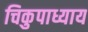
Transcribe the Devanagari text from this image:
चिकुपाध्याय